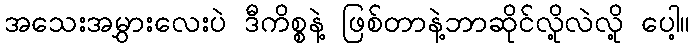
အသေးအမွှားလေးပဲ ဒီကိစ္စနဲ့ ဖြစ်တာနဲ့ဘာဆိုင်လို့လဲလို့ ပေါ့။